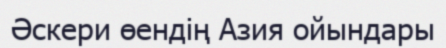
Әскери өендің Азия ойындары